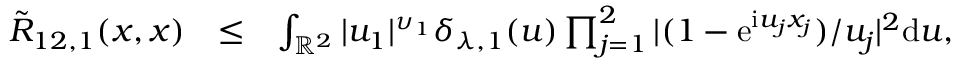
\begin{array} { r l r } { \tilde { R } _ { 1 2 , 1 } ( \boldsymbol { x } , \boldsymbol { x } ) } & { \le } & { \int _ { \mathbb { R } ^ { 2 } } | u _ { 1 } | ^ { \upsilon _ { 1 } } \delta _ { \lambda , 1 } ( \boldsymbol { u } ) \prod _ { j = 1 } ^ { 2 } | ( 1 - \mathrm e ^ { \mathrm i u _ { j } x _ { j } } ) / u _ { j } | ^ { 2 } \mathrm d \boldsymbol { u } , } \end{array}